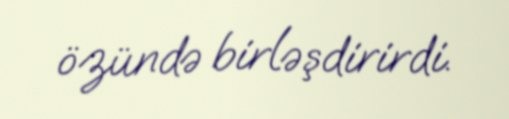
özündə birləşdirirdi.